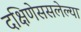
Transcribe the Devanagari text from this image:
दक्षिणेससलेल्या